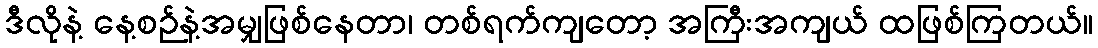
ဒီလိုနဲ့ နေ့စဉ်နဲ့အမျှဖြစ်နေတာ၊ တစ်ရက်ကျတော့ အကြီးအကျယ် ထဖြစ်ကြတယ်။